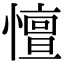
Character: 憻